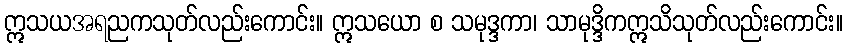
ဣသယအရညကသုတ်လည်းကောင်း။ ဣသယော စ သမုဒ္ဒကာ၊ သာမုဒ္ဒိကဣသိသုတ်လည်းကောင်း။